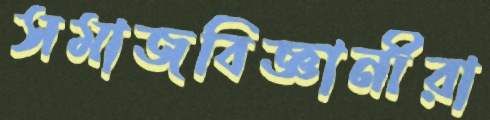
সমাজবিজ্ঞানীরা